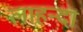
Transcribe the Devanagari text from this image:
लाहन्दा